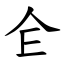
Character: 仺